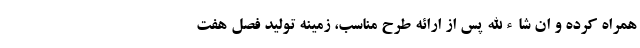
همراه کرده و ان شاءالله پس از ارائه طرح مناسب، زمینه تولید فصل هفت